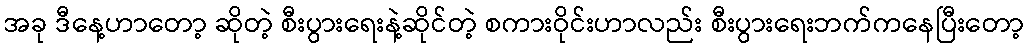
အခု ဒီနေ့ဟာတော့ ဆိုတဲ့ စီးပွားရေးနဲ့ဆိုင်တဲ့ စကားဝိုင်းဟာလည်း စီးပွားရေးဘက်ကနေပြီးတော့